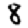
Digit: 8